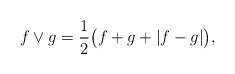
\begin{align*}f\vee g= \frac{1}{2}\big( f + g + |f-g| \big),\end{align*}